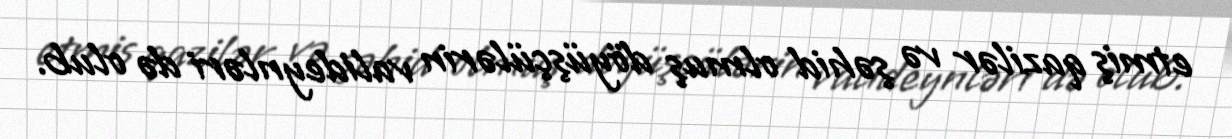
etmiş qazilər və şəhid olmuş döyüşçülərin valideynləri də olub.